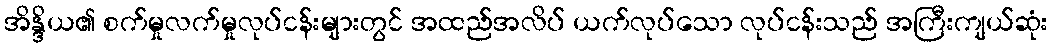
အိန္ဒိယ၏ စက်မှုလက်မှုလုပ်ငန်းများတွင် အထည်အလိပ် ယက်လုပ်သော လုပ်ငန်းသည် အကြီးကျယ်ဆုံး